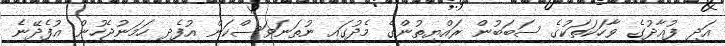
އަދި ފުއާދުގެ ވާހަކަތަކުގެ ސަބަބުން ރައްޔިތުންގެ މެދުގައި ނުތަނަވަސްކަން އުފެދި ހަމަނުޖެހުން އުފެދޭނެ